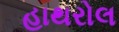
હાથરોલ